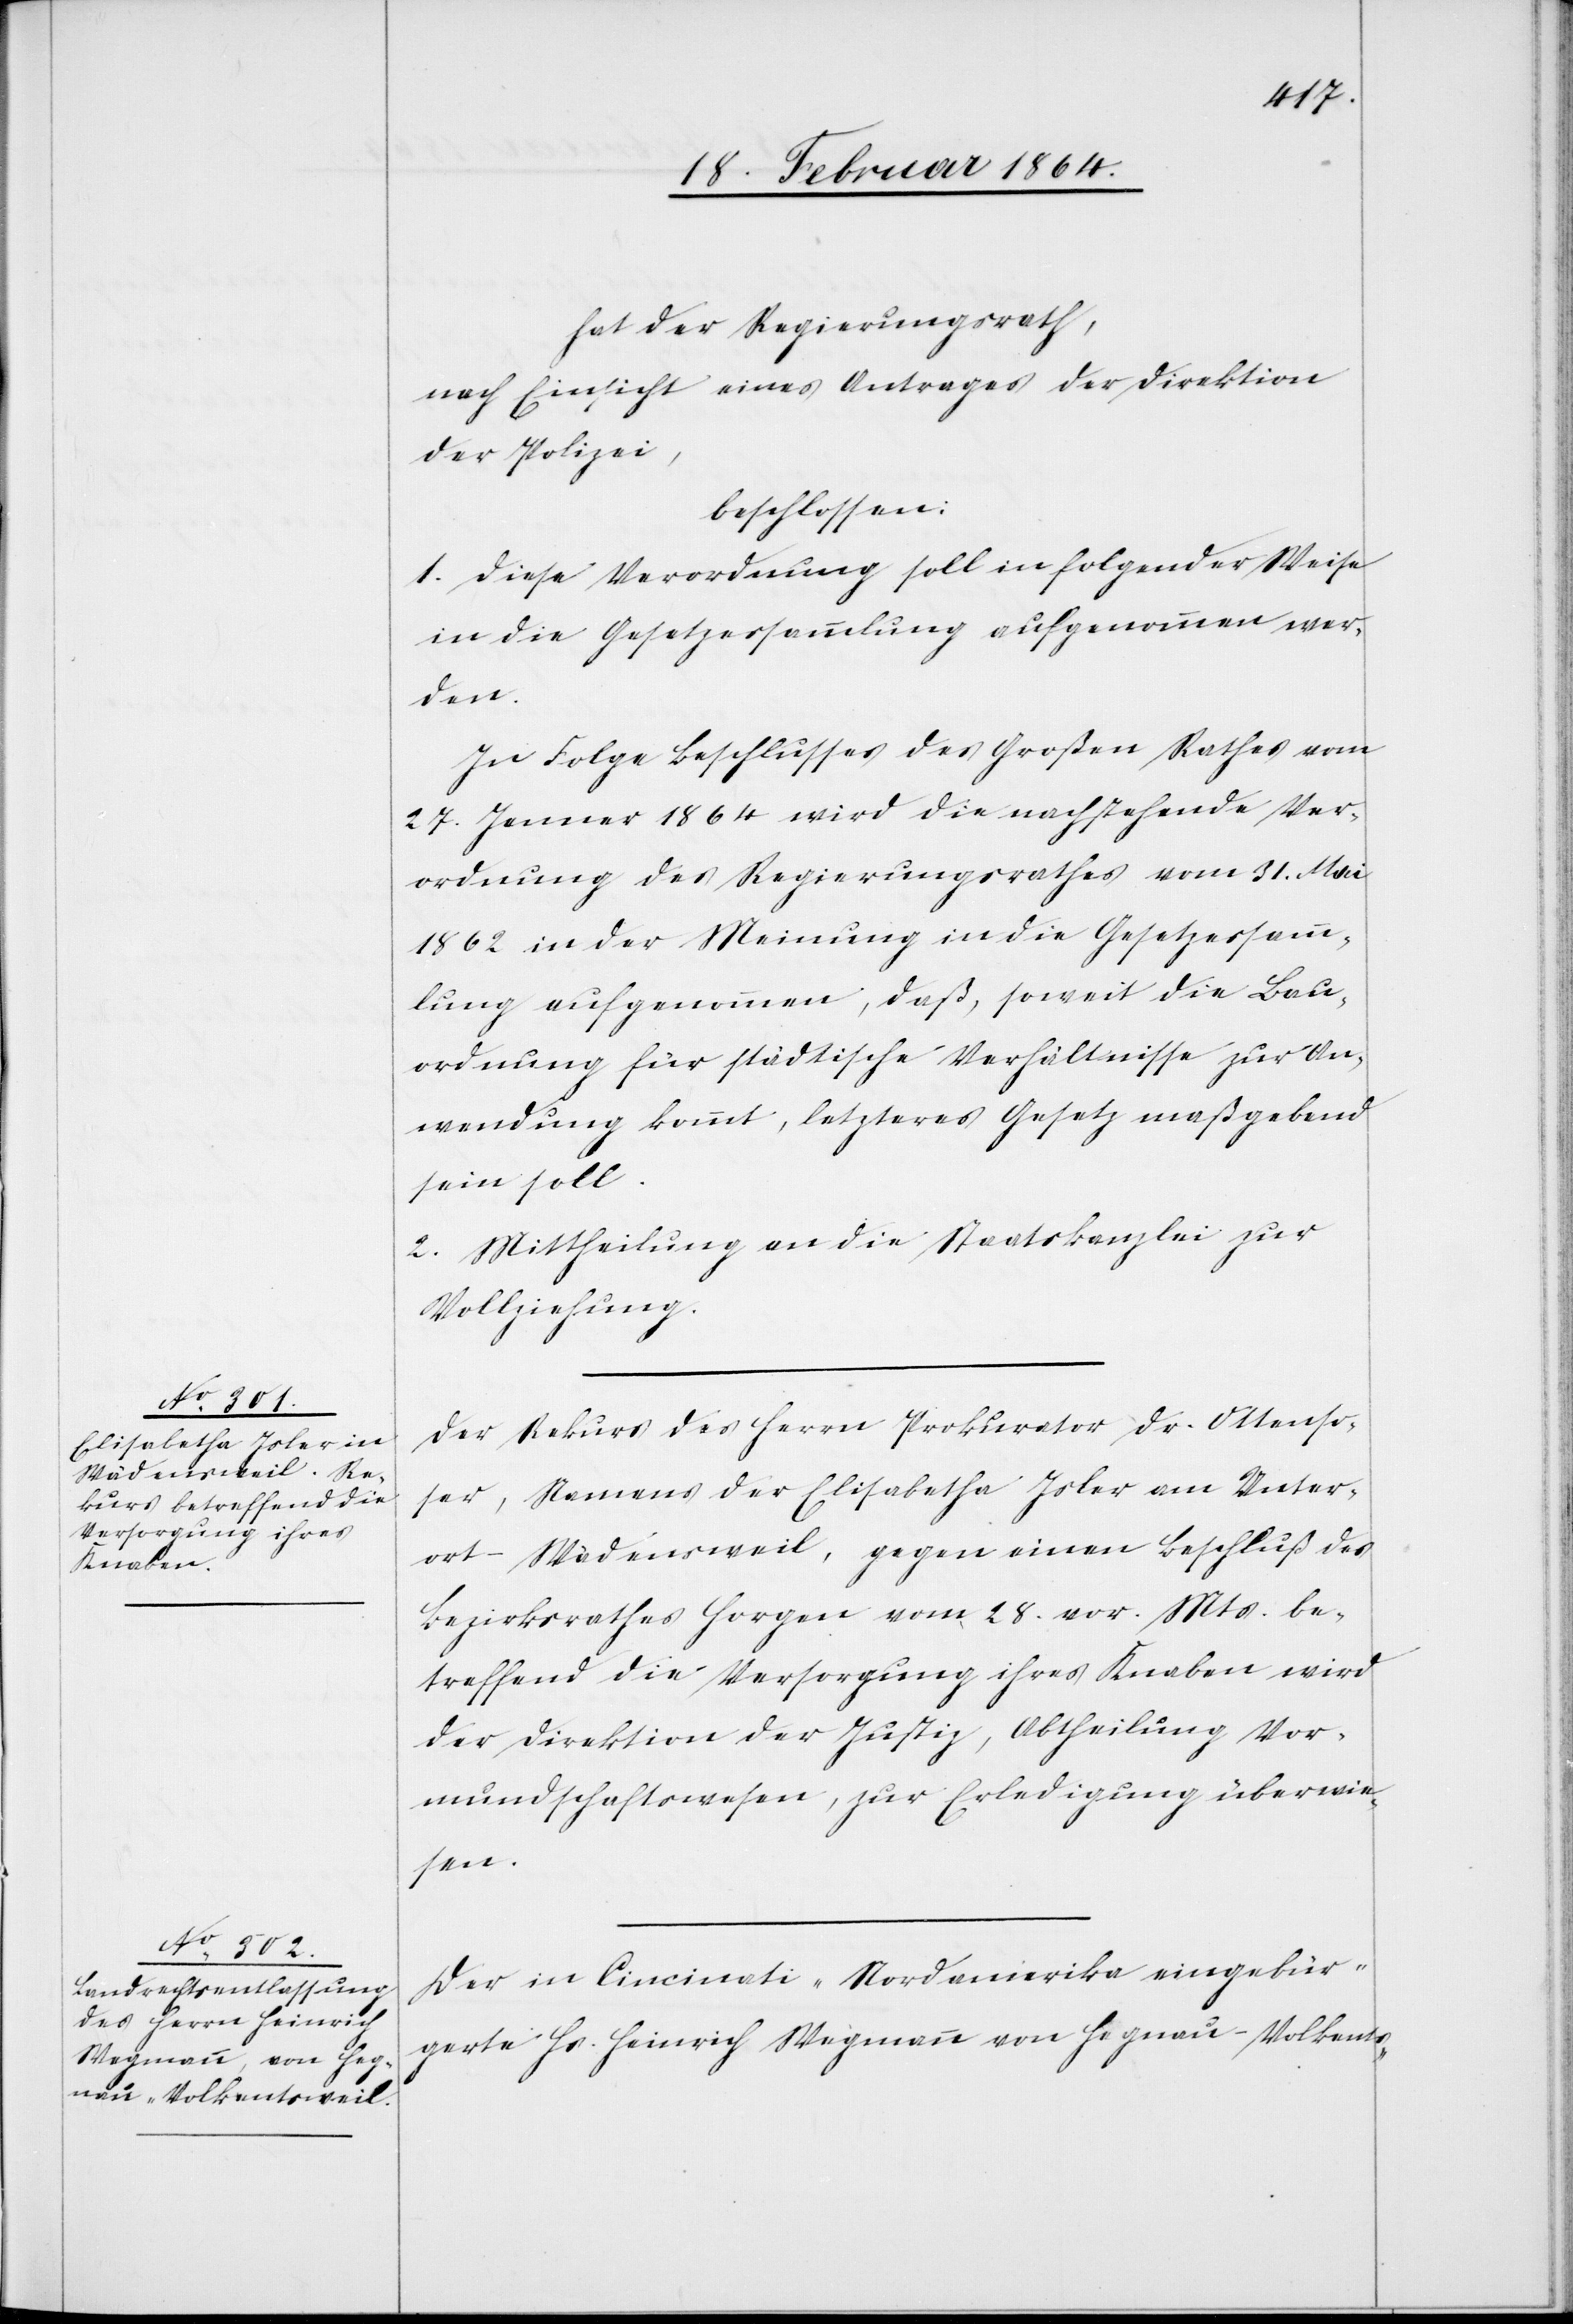
hat der Regierungsrath,
nach Einsicht eines Antrages der Direktion
der Polizei,
beschlossen:
1. Diese Verordnung soll in folgender Weise
in die Gesetzessammlung aufgenommen wer¬
den.
In Folge Beschlusses des Großen Rathes vom
27. Januar 1864 wird die nachstehende Ver¬
ordnung des Regierungsrathes vom 31. Mai
1862 in der Meinung in die Gesetzessamm¬
lung aufgenommen, daß, soweit die Bau¬
ordnung für städtische Verhältnisse zur An¬
wendung kommt, letzteres Gesetz maßgebend
sein soll.
2. Mittheilung an die Staatskanzlei zur
Vollziehung.
Der Rekurs des Herrn Prokurator Dr. Ottenso¬
ser, Namens der Elisabetha Isler am Unter¬
ort-Wädensweil, gegen einen Beschluß des
Bezirksrathes Horgen vom 28. vor. Mts. be¬
treffend die Versorgung ihres Knaben wird
der Direktion der Justiz, Abtheilung Vor¬
mundschaftswesen, zur Erledigung überwie¬
sen.
Der in Cincinati Nordamerika eingebür¬
gerte Hr. Heinrich Wegmann von Hegnau-Volkents-